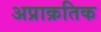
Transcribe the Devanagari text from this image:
अप्राक्रतिक